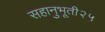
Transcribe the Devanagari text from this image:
सहानुभूती२५